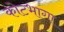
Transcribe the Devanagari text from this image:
कोटभागा